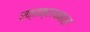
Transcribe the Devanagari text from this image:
रक्तक्लथनास